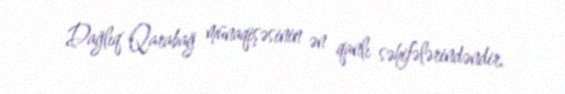
Dağlıq Qarabağ münaqişəsinin ən qanlı səhifələrindəndir.